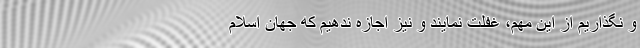
و نگذاریم از این مهم، غفلت نمایند و نیز اجازه ندهیم که جهان اسلام